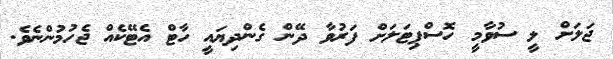
ޖަލަށް ލީ ސުވާމީ ހޮސްޕިޓަލަށް ފަރުވާ ދޭން ގެންދިޔައީ ހާޓް އެޓޭކެއް ޖެހުމުންނެވެ.